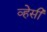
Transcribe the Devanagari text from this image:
व्हेसी